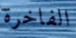
الفاخرة